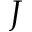
J